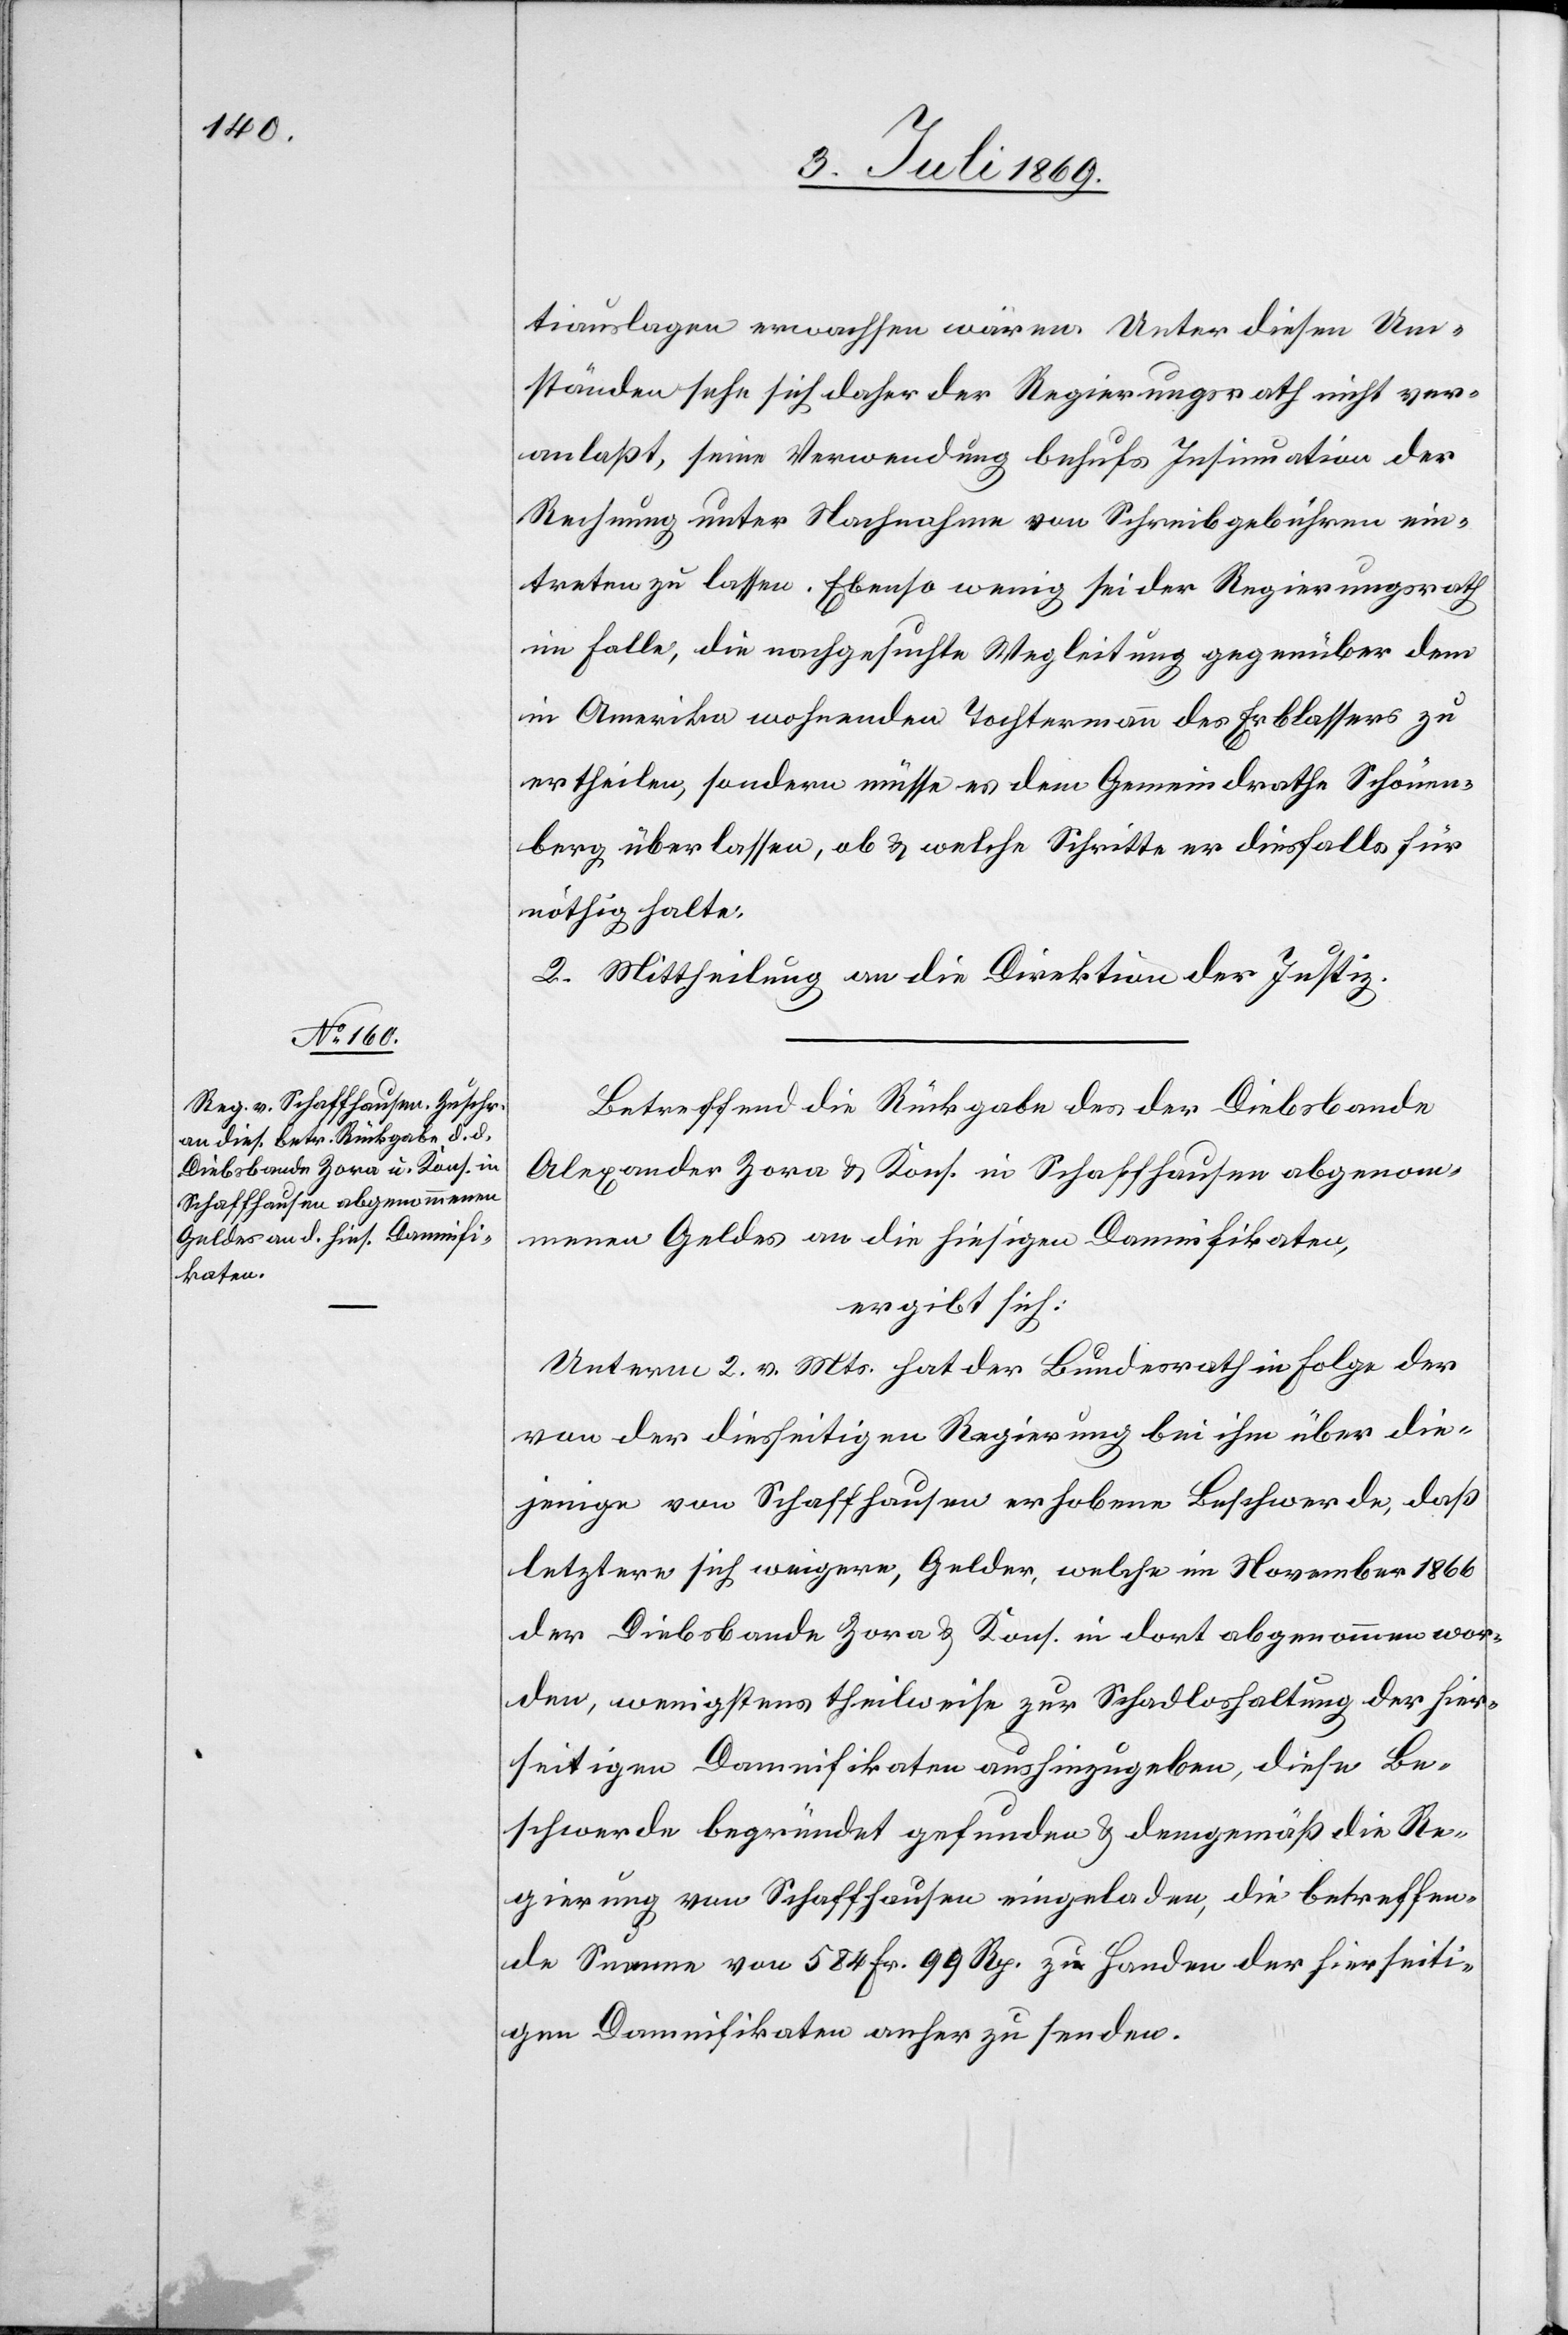
tiauslagen erwachsen wären. Unter diesen Um¬
ständen sehe sich daher der Regierungsrath nicht ver¬
anlaßt, seine Verwendung behufs Insinuation der
Rechnung unter Nachnahme von Schreibgebühren ein¬
treten zu lassen. Ebenso wenig sei der Regierungsrath
im Falle, die nachgesuchte Wegleitung gegenüber dem
in Amerika wohnenden Tochtermann des Erblassers zu
ertheilen, sondern müsse es dem Gemeindrathe Schönen¬
berg überlassen, ob u. welche Schritte er diesfalls für
nöthig halte.
2. Mittheilung an die Direktion der Justiz.
Betreffend die Rückgabe des der Diebsbande
Alexander Zora u. Kons. in Schaffhausen abgenom¬
menen Geldes an die hiesigen Damnifikaten,
ergibt sich:
Unterm 2 v. Mts. hat der Bundesrath in Folge der
von der diesseitigen Regierung bei ihm über die¬
jenige von Schaffhausen erhobene Beschwerde, daß
letztere sich weigere, Gelder, welche im November 1866
der Diebsbande Zora u. Kons. in dort abgenommen wor¬
den, wenigstens theilweise zur Schadloshaltung der hier¬
seitigen Damnifikaten aushingegeben, diese Be¬
schwerde begründet gefunden u. demgemäß die Re¬
gierung von Schaffhausen eingeladen, die betreffen¬
de Summe von 584 Fr. 99 Rp. zu Handen der hierseiti¬
gen Damnifikaten anher zu senden.